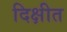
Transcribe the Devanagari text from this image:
दिक्षीत